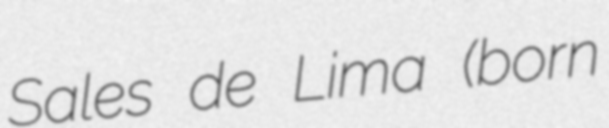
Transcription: Sales de Lima (born